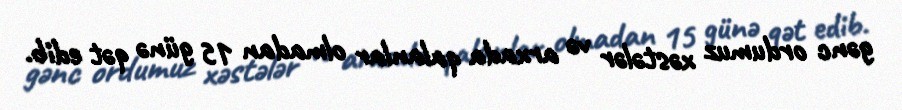
gənc ordumuz xəstələr və arxada qalanlar olmadan 15 günə qət edib.